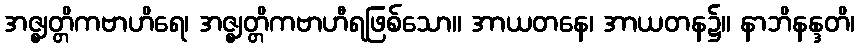
အဇ္ဈတ္တိကဗာဟိရေ၊ အဇ္ဈတ္တိကဗာဟီရဖြစ်သော။ အာယတနေ၊ အာယတန၌။ နာဘိနန္ဒတိ၊